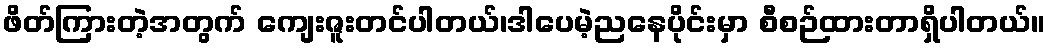
ဖိတ်ကြားတဲ့အတွက် ကျေးဇူးတင်ပါတယ်၊ဒါပေမဲ့ညနေပိုင်းမှာ စီစဉ်ထားတာရှိပါတယ်။